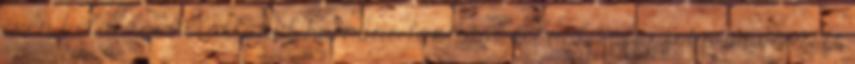
éven belül igazolatlanul harminc tanítási óránál – alapfokú művészeti